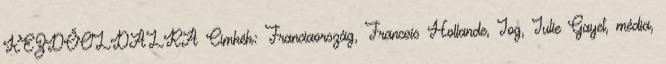
KEZDŐOLDALRA Címkék: Franciaország, Francois Hollande, Jog, Julie Gayet, média,